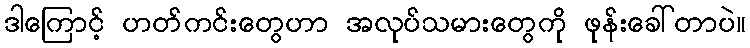
ဒါကြောင့် ဟတ်ကင်းတွေဟာ အလုပ်သမားတွေကို ဖုန်းခေါ်တာပဲ။